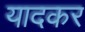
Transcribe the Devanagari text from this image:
यादकर